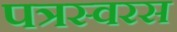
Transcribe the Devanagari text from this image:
पत्रस्वरस